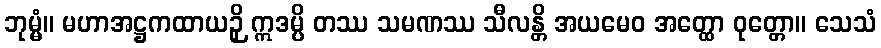
ဘုမ္မံ။ မဟာအဋ္ဌကထာယဉှိ ဣဒမ္ပိ တဿ သမဏဿ သီလန္တိ အယမေဝ အတ္ထော ဝုတ္တော။ သေသံ